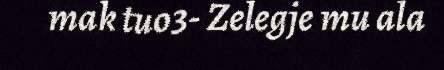
mak tuo3- Zelegje mu ala